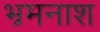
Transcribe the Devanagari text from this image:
भ्रमनाश